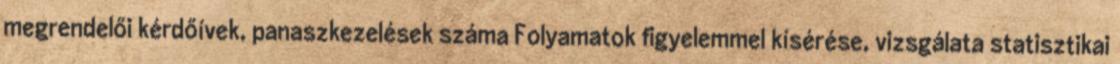
megrendelői kérdőívek, panaszkezelések száma Folyamatok figyelemmel kísérése, vizsgálata statisztikai